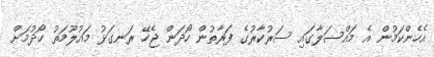
އެހެންކަމުން އެ މައްސަލާގައި ސަރުކާރުގެ ފަރާތުން ހޯދަން ޖެހޭ ރަނގަޅު މައުލޫމަތު ހޯދުމަށް